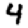
Digit: 4